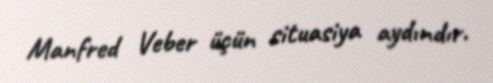
Manfred Veber üçün situasiya aydındır.